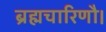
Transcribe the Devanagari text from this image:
ब्रह्मचारिणौ।